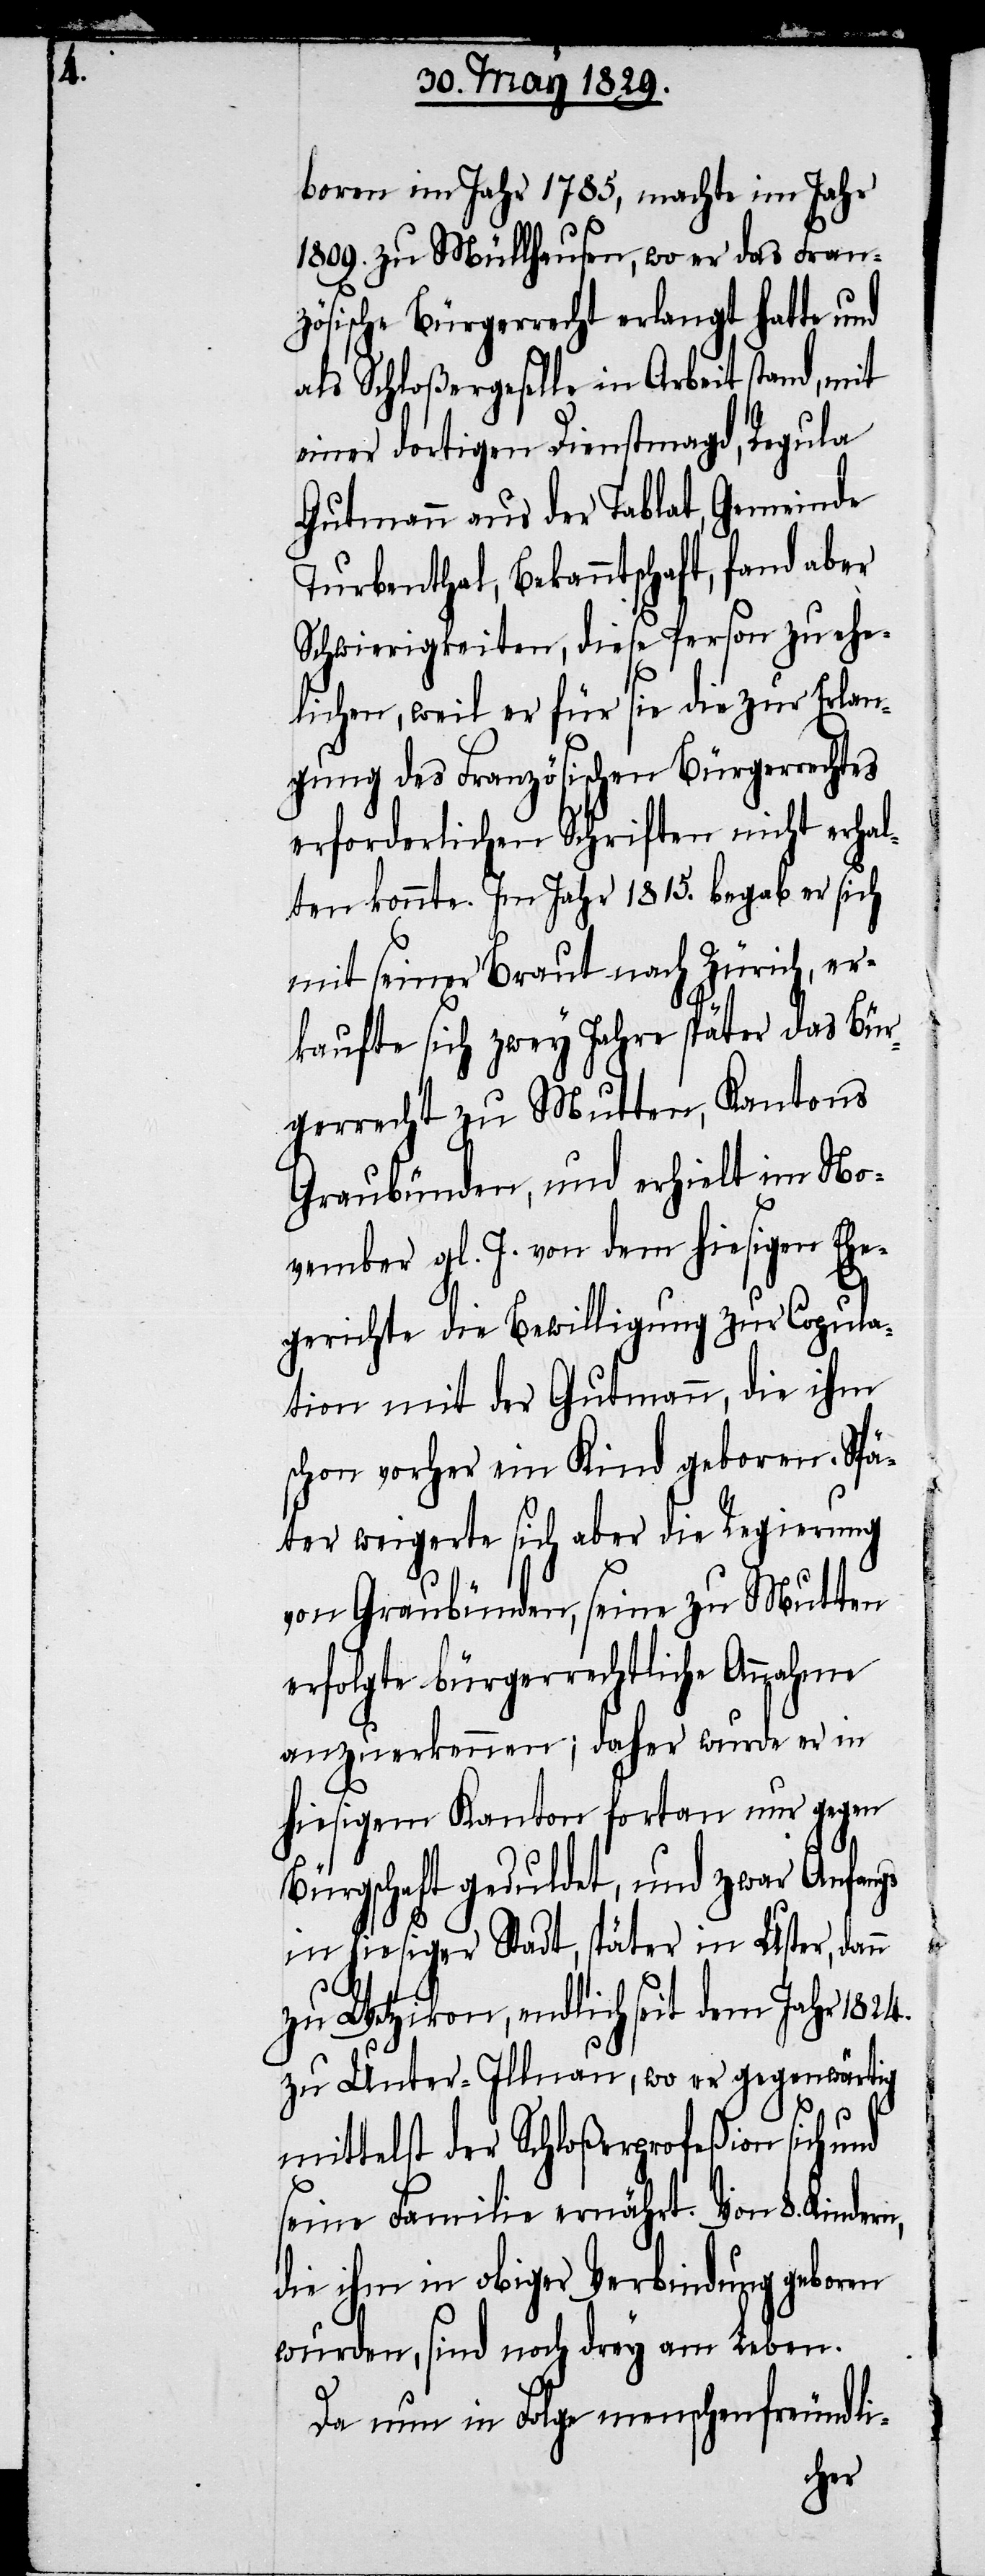
boren im Jahr 1785, machte im Jahr
1809. zu Müllhausen, wo er das Fran¬
zösische Bürgerrecht erlangt hatte und
als Schloßergeselle in Arbeit stand, mit
einer dortigen Dienstmagd, Regula
Gutmann aus der Tablat, Gemeinde
Turbenthal, Bekanntschaft, fand aber
Schwierigkeiten, diese Person zu ehe¬
lichen, weil er für sie die zur Erlan¬
gung des Französischen Bürgerrechtes
erforderlichen Schriften nicht erhal¬
ten konnte. Im Jahr 1815. begab er sich
mit seiner Braut nach Zürich, er¬
kaufte sich zwey Jahre später das Bür¬
gerrecht zu Mutten, Kantons
Graubünden, und erhielt im No¬
vember gl. J. von dem hiesigen Ehe¬
gerichte die Bewilligung zur Copula¬
tion mit der Gutmann, die ihm
schon vorher ein Kind geboren. Spä¬
ter weigerte sich aber die Regierung
von Graubünden, seine zu Mutten
erfolgte bürgerrechtliche Annahme
anzuerkennen; daher wurde er in
hiesigem Kanton fortan nur gegen
Bürgschaft geduldet, und zwar Anfangs
in hiesiger Stadt, später in Uster, dann
zu Wetzikon, endlich seit dem Jahr 1824.
zu Unter-Illnau, wo er gegenwärtig
mittelst der Schloßerprofeßion sich und
seine Familie ernährt. Von 8. Kinder¬
die ihm in obiger Verbindung geboren
wurden, sind noch drey am Leben.
Da nun in Folge menschenfreundli-

n,